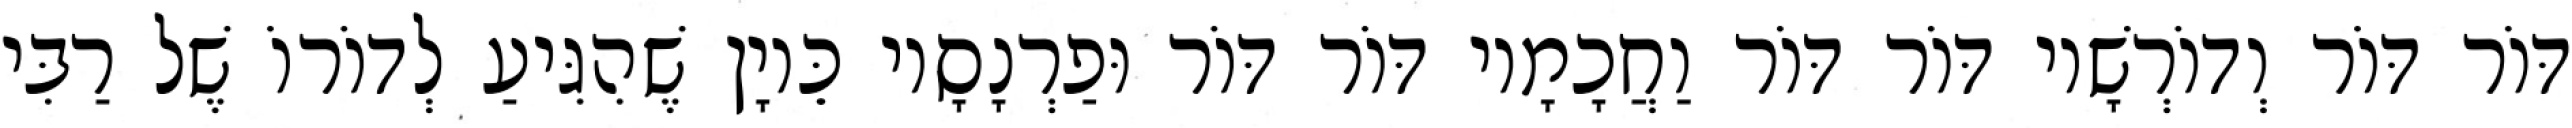
דּוֹר דּוֹר וְדוֹרְשָׁיו דּוֹר דּוֹר וַחֲכָמָיו דּוֹר דּוֹר וּפַרְנָסָיו כֵּיוָן שֶׁהִגִּיעַ לְדוֹרוֹ שֶׁל רַבִּי